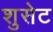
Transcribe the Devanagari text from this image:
शुसेट